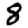
Digit: 8